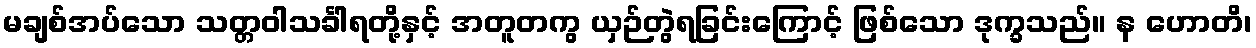
မချစ်အပ်သော သတ္တဝါသင်္ခါရတို့နှင့် အတူတကွ ယှဉ်တွဲရခြင်းကြောင့် ဖြစ်သော ဒုက္ခသည်။ န ဟောတိ၊